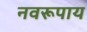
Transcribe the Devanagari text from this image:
नवरूपाय